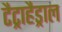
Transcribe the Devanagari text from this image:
टैट्राहैड्राल